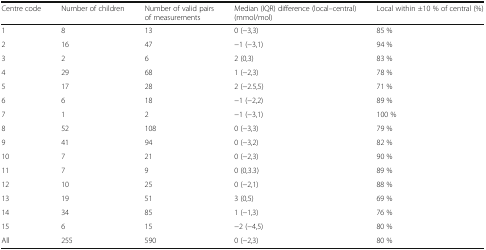
<table><thead><tr><td><b>Centre code</b></td><td><b>Number of children</b></td><td><b>Number of valid pairs of measurements</b></td><td><b>Median (IQR) difference (local–central) (mmol/mol)</b></td><td><b>Local within ±10 % of central (%)</b></td></tr></thead><tbody><tr><td>1</td><td>8</td><td>13</td><td>0 (−3,3)</td><td>85 %</td></tr><tr><td>2</td><td>16</td><td>47</td><td>−1 (−3,1)</td><td>94 %</td></tr><tr><td>3</td><td>2</td><td>6</td><td>2 (0,3)</td><td>83 %</td></tr><tr><td>4</td><td>29</td><td>68</td><td>1 (−2,3)</td><td>78 %</td></tr><tr><td>5</td><td>17</td><td>28</td><td>2 (−2.5,5)</td><td>71 %</td></tr><tr><td>6</td><td>6</td><td>18</td><td>−1 (−2,2)</td><td>89 %</td></tr><tr><td>7</td><td>1</td><td>2</td><td>−1 (−3,1)</td><td>100 %</td></tr><tr><td>8</td><td>52</td><td>108</td><td>0 (−3,3)</td><td>79 %</td></tr><tr><td>9</td><td>41</td><td>94</td><td>0 (−3,2)</td><td>82 %</td></tr><tr><td>10</td><td>7</td><td>21</td><td>0 (−2,3)</td><td>90 %</td></tr><tr><td>11</td><td>7</td><td>9</td><td>0 (0,3.3)</td><td>89 %</td></tr><tr><td>12</td><td>10</td><td>25</td><td>0 (−2,1)</td><td>88 %</td></tr><tr><td>13</td><td>19</td><td>51</td><td>3 (0,5)</td><td>69 %</td></tr><tr><td>14</td><td>34</td><td>85</td><td>1 (−1,3)</td><td>76 %</td></tr><tr><td>15</td><td>6</td><td>15</td><td>−2 (−4,5)</td><td>80 %</td></tr><tr><td>All</td><td>255</td><td>590</td><td>0 (−2,3)</td><td>80 %</td></tr></tbody></table>